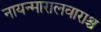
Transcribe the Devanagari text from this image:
नायन्मारालवाराश्च